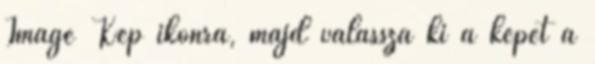
Image Kép ikonra, majd válassza ki a képet a